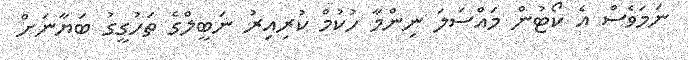
ނަމަވެސް އެ ކޯޓުން މައްސަލަ ނިންމާ ހުކުމް ކުރިއިރު ނަބީލްގެ ތަހުގީގު ބަޔާނަށް